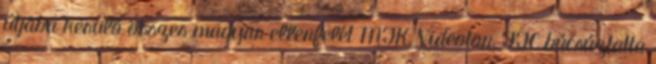
útjába kerülő összes magyar ellenfelét MTK, Videoton, FTC búcsúztatta